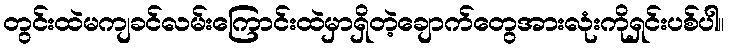
တွင်းထဲမကျခင်လမ်းကြောင်းထဲမှာရှိတဲ့ချောက်တွေအားလုံးကိုရှင်းပစ်ပါ။